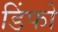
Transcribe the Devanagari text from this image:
डिंफो